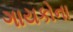
ગાયકોના